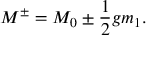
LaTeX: M ^ { \pm } = M _ { 0 } \pm { \frac { 1 } { 2 } } g m _ { 1 } .